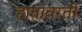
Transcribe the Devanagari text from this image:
हातांवरती